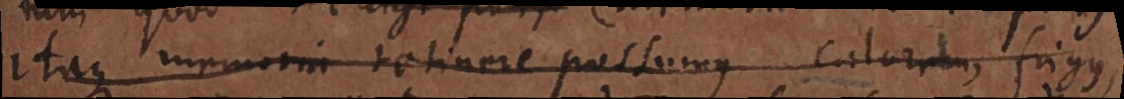
Itaque memoria retinere possumus calorem, frigus,